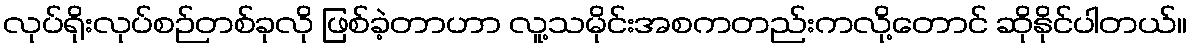
လုပ်ရိုးလုပ်စဉ်တစ်ခုလို ဖြစ်ခဲ့တာဟာ လူ့သမိုင်းအစကတည်းကလို့တောင် ဆိုနိုင်ပါတယ်။